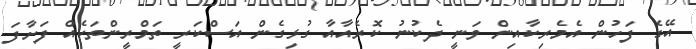
އޭގެ ފަހުން އެމެރިކާއިން ވަނީ ދެކުނު ކޮރެއާއާ ގުޅިގެން އަސްކަރީ ތަމްރީންތަކެއް ފަށާފަ